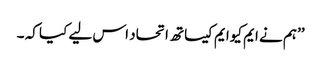
’’ہم نے ایم کیوایم کیساتھ اتحاد اس لیے کیا کہ ۔